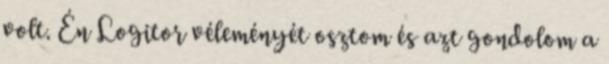
volt. Én Logitor véleményét osztom és azt gondolom a